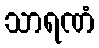
သာရဏံ